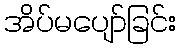
အိပ်မပျော်ခြင်း